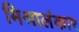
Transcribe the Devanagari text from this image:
मिश्रालंकार